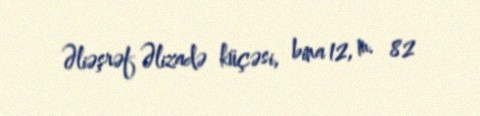
Əliəşrəf Əlizadə küçəsi, bina 12, m. 82